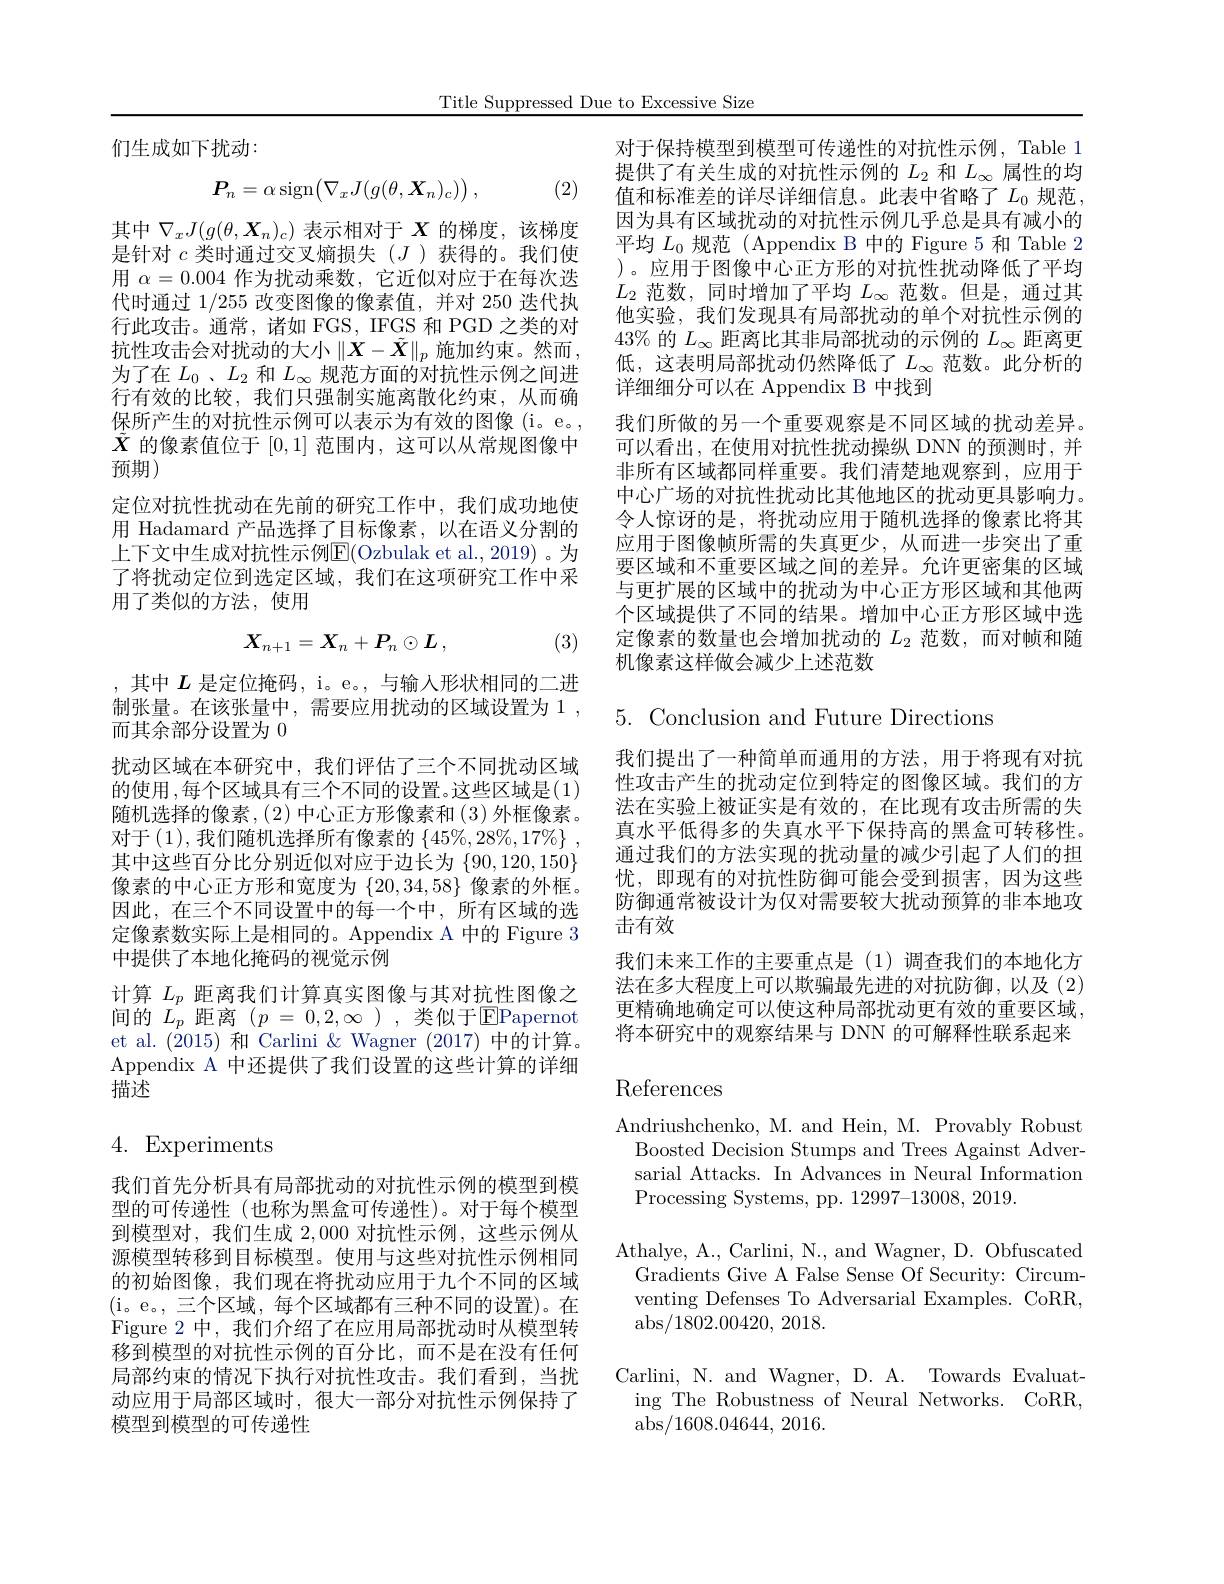
Title Suppressed Due to Excessive Size

们生成如下扰动：
$$P_n=\alpha\operatorname{sign}\bigl(\nabla_xJ(g(\theta,\boldsymbol{X}_n)_c)\bigr)\:,$$
(2)

其中$\nabla_xJ(g(\theta,\boldsymbol{X}_n)_c)$表示相对于$X$的梯度，该梯度是针对$c$类时通过交叉熵损失(J)获得的。我们使用$\alpha=0.004$作为扰动乘数，它近似对应于在每次迭代时通过1/255改变图像的像素值，并对 250 迭代执行此攻击。通常，诸如 FGS, IFGS 和 PGD 之类的对抗性攻击会对扰动的大小$\left\|\boldsymbol{X}-\tilde{\boldsymbol{X}}\right\|_p$施加约束。然而， 为了在$L_0$ 、$L_2$和$L_\infty$规范方面的对抗性示例之间进行有效的比较，我们只强制实施离散化约束，从而确保所产生的对抗性示例可以表示为有效的图像(i。e。, $\tilde{X}$的像素值位于[0,1]范围内，这可以从常规图像中预期)
定位对抗性扰动在先前的研究工作中，我们成功地使用 Hadamard 产品选择了目标像素，以在语义分割的上下文中生成对抗性示例$\overline{\mathrm{E}}($Ozbulak et al., 2019) 。为了将扰动定位到选定区域，我们在这项研究工作中采用了类似的方法，使用
$$X_{n+1}=X_n+P_n\odot L\:,$$
(3)

,其中$L$是定位掩码，i。e。, 与输入形状相同的二进制张量。在该张量中，需要应用扰动的区域设置为 1 , 而其余部分设置为 0
扰动区域在本研究中，我们评估了三个不同扰动区域的使用 ,每个区域具有三个不同的设置。这些区域是(1) 随机选择的像素，(2)中心正方形像素和(3)外框像素。对于 (1),我们随机选择所有像素的 $\{45\%,28\%,17\%\}~$, 其中这些百分比分别近似对应于边长为$\{90,120,150\}$ 像素的中心正方形和宽度为$\{20,34,58\}$像素的外框。因此，在三个不同设置中的每一个中，所有区域的选定像素数实际上是相同的。Appendix A 中的 Figure 3中提供了本地化掩码的视觉示例
计算$L_p$距离我们计算真实图像与其对抗性图像之间的 $L_p$ 距离 $(p=0,2,\infty)$,类似于$\overline{\mathrm{EPapernot}}$ et al.(2015) 和 Carlini & Wagner (2017) 中的计算。Appendix A 中还提供了我们设置的这些计算的详细描述

# 4. Experiments

我们首先分析具有局部扰动的对抗性示例的模型到模型的可传递性(也称为黑盒可传递性)。对于每个模型到模型对，我们生成2，000对抗性示例，这些示例从源模型转移到目标模型。使用与这些对抗性示例相同的初始图像，我们现在将扰动应用于九个不同的区域( i。e。, 三 个 区 域 , 每 个 区 域 都 有 三 种 不 同 的 设 置 ) 。在 Figure 2 中，我们介绍了在应用局部扰动时从模型转移到模型的对抗性示例的百分比，而不是在没有任何局部约束的情况下执行对抗性攻击。我们看到，当扰动应用于局部区域时，很大一部分对抗性示例保持了模型到模型的可传递性

对于保持模型到模型可传递性的对抗性示例，Table 1提供了有关生成的对抗性示例的$L_2$和$L_\infty$属性的均值和标准差的详尽详细信息。此表中省略了$L_0$规范， 因为具有区域扰动的对抗性示例几乎总是具有减小的平均$L_0$规范 (Appendix B 中的 Figure 5 和 Table 2 )。应用于图像中心正方形的对抗性扰动降低了平均$L_2$范数，同时增加了平均$L_\infty$范数。但是，通过其他实验，我们发现具有局部扰动的单个对抗性示例的43% 的$L_\infty$距离比其非局部扰动的示例的$L_\infty$距离更低，这表明局部扰动仍然降低了$L_\infty$范数。此分析的详细细分可以在 Appendix B 中找到
我们所做的另一个重要观察是不同区域的扰动差异。可以看出，在使用对抗性扰动操纵 DNN 的预测时，并非所有区域都同样重要。我们清楚地观察到，应用于中心广场的对抗性扰动比其他地区的扰动更具影响力。令人惊讶的是，将扰动应用于随机选择的像素比将其应用于图像帧所需的失真更少，从而进一步突出了重要区域和不重要区域之间的差异。允许更密集的区域与更扩展的区域中的扰动为中心正方形区域和其他两个区域提供了不同的结果。增加中心正方形区域中选定像素的数量也会增加扰动的$L_2$范数，而对帧和随机像素这样做会减少上述范数

$5.{\mathrm{~Conclusion~and~Future~Directions}}$

我们提出了一种简单而通用的方法，用于将现有对抗性攻击产生的扰动定位到特定的图像区域。我们的方法在实验上被证实是有效的，在比现有攻击所需的失真水平低得多的失真水平下保持高的黑盒可转移性。通过我们的方法实现的扰动量的减少引起了人们的担忧，即现有的对抗性防御可能会受到损害，因为这些防御通常被设计为仅对需要较大扰动预算的非本地攻击有效
我们未来工作的主要重点是(1)调查我们的本地化方法在多大程度上可以欺骗最先进的对抗防御，以及(2) 更精确地确定可以使这种局部扰动更有效的重要区域， 将本研究中的观察结果与 DNN 的可解释性联系起来

# References

Andriushchenko, M. and Hein, M. Provably Robust
Boosted Decision Stumps and Trees Against Adversarial Attacks. In Advances in Neural Information Processing Systems, pp. 12997-13008, 2019.
Athalye, A., Carlini, N., and Wagner, D. Obfuscated Gradients Give A False Sense Of Security: Circumventing Defenses To Adversarial Examples. CoRR, $\operatorname{abs}/1802.00420,~2018.$
Carlini, N. and Wagner, D. A. Towards Evaluating The Robustness of Neural Networks. CoRR, $\operatorname{abs}/1608.04644,2016.$